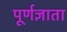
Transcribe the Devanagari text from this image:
पूर्णज्ञाता